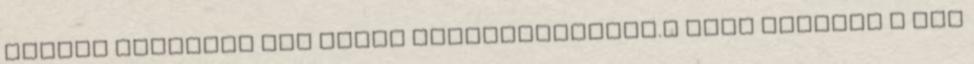
táblát tizenhét nap alatt előteremtettem.» Hogy mindezt a sok